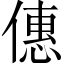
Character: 僡